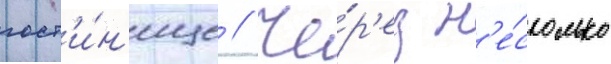
гост'и́н'ице // Че́р'ез н'е́сколько